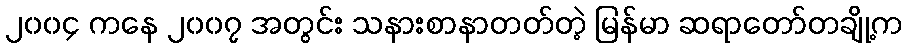
၂၀၀၄ ကနေ ၂၀၀၇ အတွင်း သနားစာနာတတ်တဲ့ မြန်မာ ဆရာတော်တချို့က